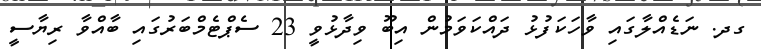
ގދ. ނަޑެއްލާގައި ވާހަކަފުޅު ދައްކަވަމުން އިބޫ ވިދާޅުވީ 23 ސެޕްޓެމްބަރުގައި ބާއްވާ ރިޔާސީ